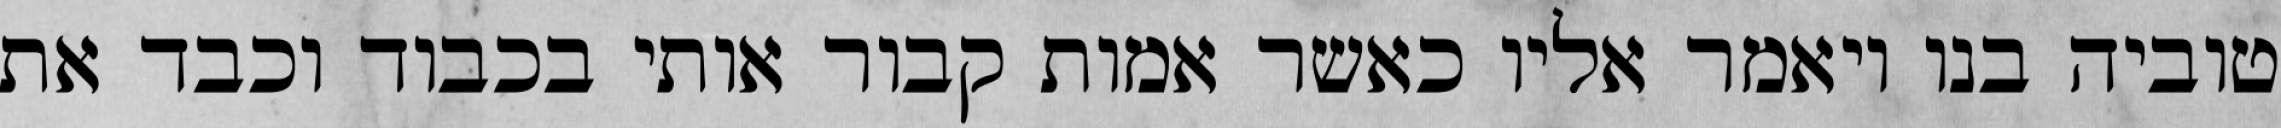
טוביה בנו ויאמר אליו כאשר אמות קבור אותי בכבוד וכבד את